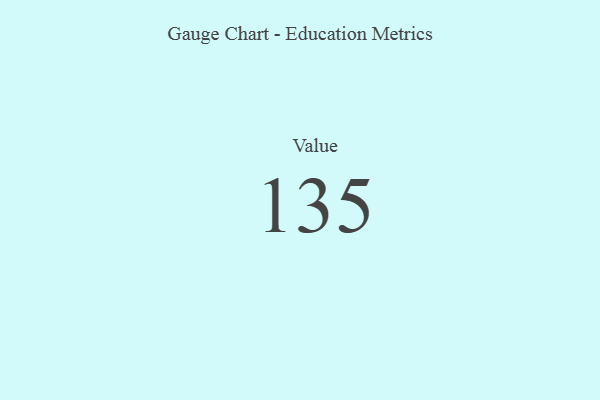
{"axis": {"x": "Metric", "y": "Value"}, "legend": [""], "data": [{"x": "Value", "y": 135, "type": ""}]}